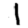
Digit: 1